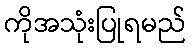
ကိုအသုံးပြုရမည်